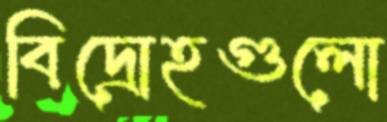
বিদ্রোহগুলো